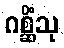
ဂစ္ဆိံသု